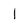
Character: l